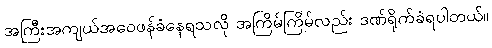
အကြီးအကျယ်အဝေဖန်ခံနေရသလို အကြိမ်ကြိမ်လည်း ဒဏ်ရိုက်ခံရပါတယ်။